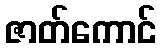
ဇာတ်ကောင်